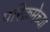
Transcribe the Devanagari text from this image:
परिक्रमेच्या